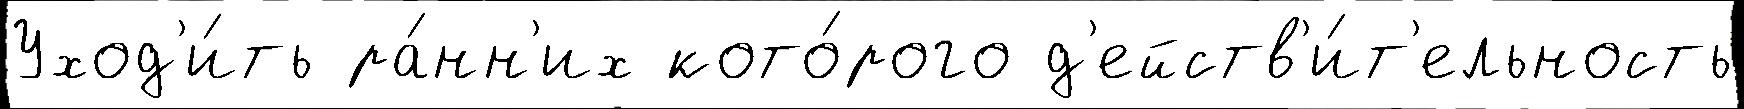
Уход'и́ть ра́нн'их кото́рого д'ейств'и́т'ельность